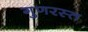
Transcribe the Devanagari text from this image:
गुणरस्त